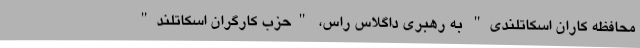
محافظه کاران اسکاتلندی" به رهبری داگلاس راس، "حزب کارگران اسکاتلند"